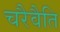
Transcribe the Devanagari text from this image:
चरैवैति